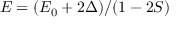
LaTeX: E = ( E _ { 0 } + 2 \Delta ) / ( 1 - 2 S )